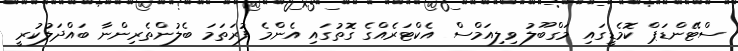
ސްޓޭންޑަޕް ކޮމެޑީގައި މަގްބޫލު ވިލިއަމްސް އެކްޓަރެއްގެ ގޮތުގައި އެންމެ ފުރަތަމަ ބެލުންތެރިންނާ ބައްދަލުކުރީ